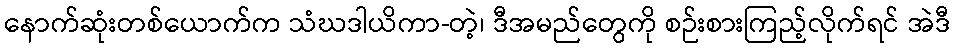
နောက်ဆုံးတစ်ယောက်က သံဃဒါယိကာ-တဲ့၊ ဒီအမည်တွေကို စဉ်းစားကြည့်လိုက်ရင် အဲဒီ